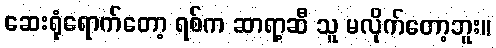
ဆေးရုံရောက်တော့ ရစ်က ဆာရာ့ဆီ သူ မလိုက်တော့ဘူး။